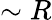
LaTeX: \sim R